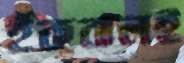
ইকবালই